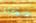
لإبقائه